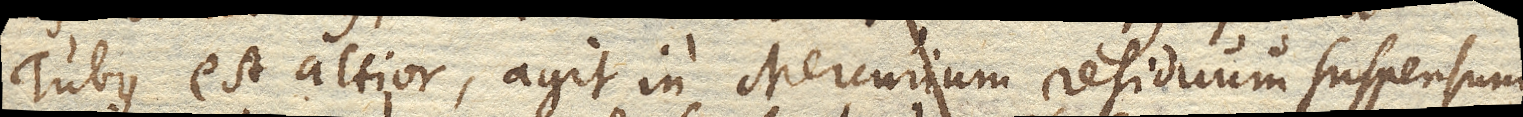
Tubus est altior, agit in Mercurium residuum suspensum,